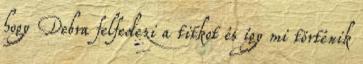
hogy Debra felfedezi a titkot és így mi történik